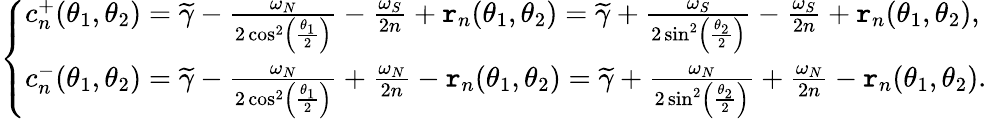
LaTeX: \left\{ \begin{array}{ll}{c_{n}^{+}(\theta_{1},\theta_{2})=\widetilde{\gamma}-\frac{\omega_{N}}{2\cos^{2}\left(\frac{\theta_{1}}{2}\right)}-\frac{\omega_{S}}{2n}+\mathtt{r}_{n}(\theta_{1},\theta_{2})=\widetilde{\gamma}+\frac{\omega_{S}}{2\sin^{2}\left(\frac{\theta_{2}}{2}\right)}-\frac{\omega_{S}}{2n}+\mathtt{r}_{n}(\theta_{1},\theta_{2}),}\\ {c_{n}^{-}(\theta_{1},\theta_{2})=\widetilde{\gamma}-\frac{\omega_{N}}{2\cos^{2}\left(\frac{\theta_{1}}{2}\right)}+\frac{\omega_{N}}{2n}-\mathtt{r}_{n}(\theta_{1},\theta_{2})=\widetilde{\gamma}+\frac{\omega_{N}}{2\sin^{2}\left(\frac{\theta_{2}}{2}\right)}+\frac{\omega_{N}}{2n}-\mathtt{r}_{n}(\theta_{1},\theta_{2}).}\end{array}\right.